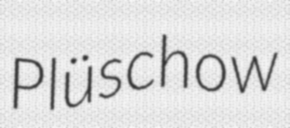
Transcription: Plüschow